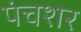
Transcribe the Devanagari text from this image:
पंचशर